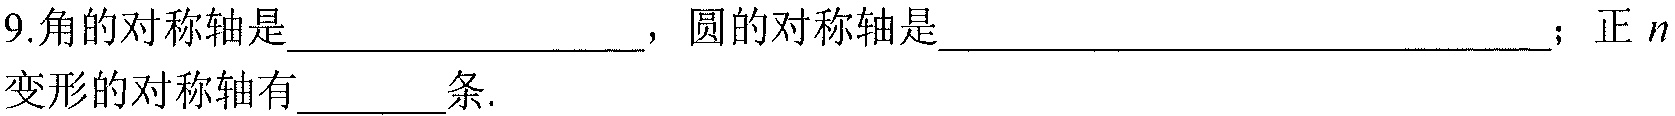
9.角的对称轴是_______________，圆的对称轴是________________________________；正$n$变形的对称轴有______条.